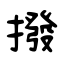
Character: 撥